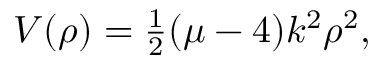
V ( \rho ) = { \textstyle { \frac { 1 } { 2 } } } ( \mu - 4 ) k ^ { 2 } \rho ^ { 2 } ,